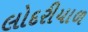
લોદરીયાળ